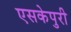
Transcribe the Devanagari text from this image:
एसकेपुरी